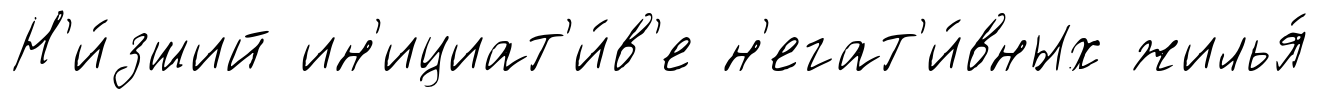
Н'и́зший ин'ициат'и́в'е н'егат'и́вных жилья́